Report on the working of the mental hospitals for Indians in Bihar and Orissa - 1925-1929
Year: 1925
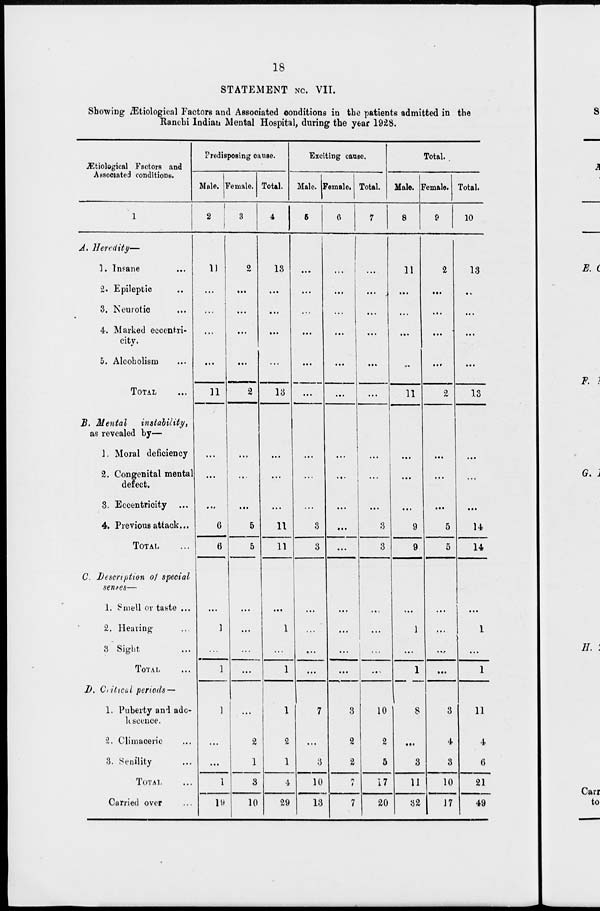
18
STATEMENT No. VII.
Showing Ætiological Factors and Associated conditions in the patients admitted in the
Ranchi Indian Mental Hospital, during the year 1928.
Ætiological Factors and
Associated conditions.
1
A. Heredity—
1. Insane ...
2. Epileptic ...
3. Neurotic ...
4. Marked eccentri-
city.
5. Alcoholism ...
TOTAL ...
B. Mental
instability,
as revealed by—
1. Moral deficiency
2. Congenital mental
defect.
3. Eccentricity
4. Previous attack...
TOTAL ...
C. Description of special
senses—
1. Smell or taste ...
2. Hearing ...
3 Sight ...
TOTAL ...
D. Critical periods —
1. Puberty and ado¬
lescence.
2. Climaceric ...
3. Senility ...
TOTAL ...
Carried over ...
Predisposing cause.
Male.
2
11
...
...
...
...
11
...
...
...
6
6
...
1
...
1
1
...
...
1
19
Female.
3
2
...
...
...
...
2
...
...
...
5
5
...
...
...
...
...
2
1
3
10
Total.
4
13
...
...
...
...
13
...
...
...
11
11
...
1
...
1
1
2
1
4
29
Exciting cause.
Male.
5
...
...
...
...
...
...
...
...
...
3
3
...
...
...
...
7
...
3
10
13
Female.
6
...
...
...
...
...
...
...
...
...
...
...
...
...
...
...
3
2
2
7
7
Total.
7
...
...
...
...
...
...
...
...
...
3
3
...
...
...
...
10
2
5
17
20
Total.
Male.
8
11
...
...
...
...
11
...
...
...
9
9
...
1
...
1
8
...
3
11
32
Female.
9
2
...
...
...
...
2
...
...
...
5
5
...
...
...
...
3
4
3
10
17
Total.
10
13
...
...
...
...
13
...
...
...
14
14
...
1
...
1
11
4
6
21
49